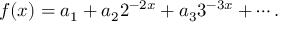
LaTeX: f ( x ) = a _ { 1 } + a _ { 2 } 2 ^ { - 2 x } + a _ { 3 } 3 ^ { - 3 x } + \cdots .